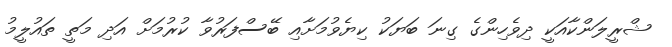
ޝްރީލަންކާއަކީ ދިވެހިންގެ ގިނަ ބަޔަކު ކިޔެވުމަށާއި ބޭސްފަރުވާ ކުރުމަށް އަދި މަތީ ތައުލީމު